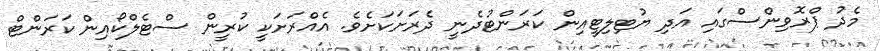
މެދު ޕްރޮވިންސްގައި އަދި ޔުޓިލިޓީއިން ކަރަންޓުދެނީ ދެރަށަކަށެވެ. އެއްރަށަކީ ކުރީން ސްޓެލްކޯއިން ކަރަންޓް